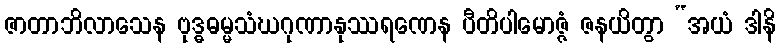
ဇာတာဘိလာသေန ဗုဒ္ဓဓမ္မသံဃဂုဏာနုဿရဏေန ပီတိပါမောဇ္ဇံ ဇနယိတွာ “အယံ ဒါနိ